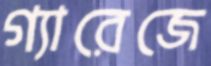
গ্যারেজে